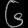
Digit: ၆